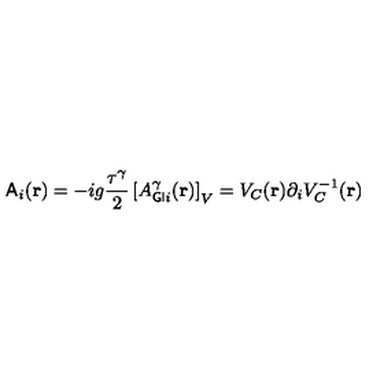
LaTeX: { \sf A } _ { i } ( { \bf { r } } ) = - i g \frac { { \tau } ^ { \gamma } } { 2 } \left[ A _ { { \sf G I } i } ^ { \gamma } ( { \bf { r } } ) \right] _ { V } = V _ { C } ( { \bf { r } } ) { \partial } _ { i } V _ { C } ^ { - 1 } ( { \bf { r } } )